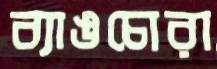
ব্যাঙচোরা